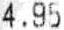
4.95